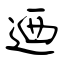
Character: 迺